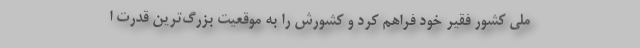
ملی کشور فقیر خود فراهم کرد و کشورش را به موقعیت بزرگ‌ترین قدرت ا